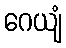
ဂေယျံ